Vital statistics of India. Vol. V, Reports of 1876 on armies & jails and on epidemic cholera
Year: 1876
Disease focus: Cholera
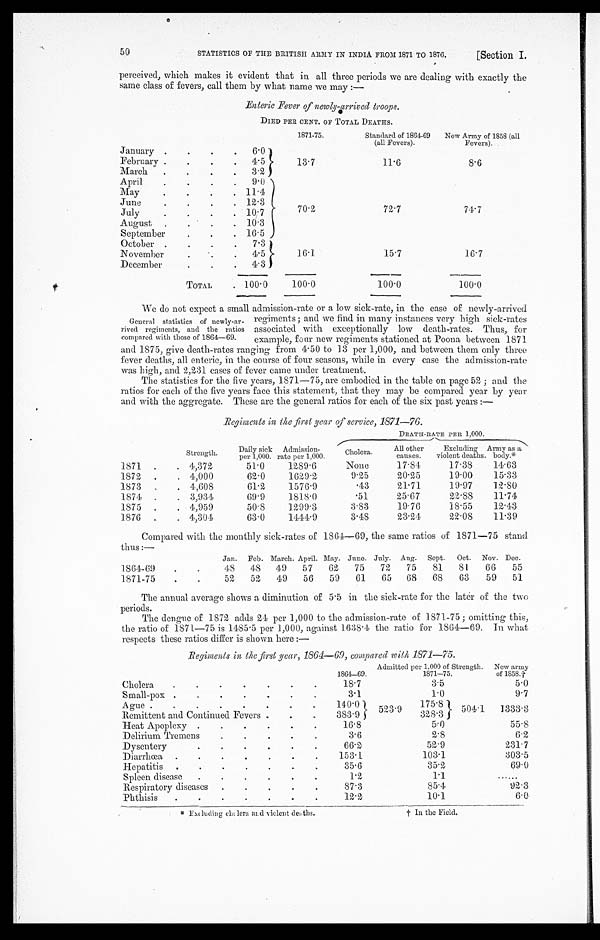
50
STATISTICS OF THE BRITISH ARMY IN INDIA FROM 1871 TO 1876.
[Section I.
Perceived, which makes it evident that in all three periods we are dealing with exactly the
same class of fevers, call them by what name we may:—
Enteric Fever of newly-arrived troops.
D I E D P E R C E N T . O F T O T A L D E A T H S .
1871-75.
Standard of 1864-69
(all Fevers).
New Army of 1858 (all
Fevers).
January
6
0
13.7
11.6
8.6
February
4 . 5
March
3.2
April
9.0
70.2
72.7
74.7
May
11.4
June
12.3
July
10.7
August
10.3
September
16.5
October
7.3
1 6 . 1
15.7
16.7
Novemberrr
. 1. 5
December
4.3
TOTAL
100.0
100.0
100.0
100.0
We do not expect a small admission-rate or a low sick-rate, in the case of newly-arrived
General statistics of newly-ar
-rived regiments, and the ratios
compared with those of 1864-69.
regiments; and we find in many instances very high sick-rates
associated with exceptionally low death-rates. Thus, for
example, four new regiments at Poona between 1871
and 1875, give death-rates ranging from 4.50 to 13 per 1,000, and between them only three
fever deaths, all enteric, in the course of four seasons, while in every case the admission-rate
was high, and. 2,231 cases of fever came under treatment.
The statistics for the five years, 1871—75, are embodied in the table on page 52; and the
ratios for each of the five years face this statement, that they may be compared year by year
and with the aggregate. These are the general ratios for each of the six past years:—
Regiments in the first year of service, 1871—76.
Strength.
Daily sick
per 1,000.
Admission-
rate per 1,000.
DEATH-RATE PER 1,000.
Cholera.
All other
causes.
Excluding
violent deaths.
Army as a
body.*
1871
4,372
51.0
1289.6
None
17.84
17.38
14.63
1872
4,000
62.0
1629.2
9.25
20.25
19.00
15.33
1873
4,608
61.2
1576.9
.43
21.71
19.97
12.80
1874
3,931
69.9
1818.0
.51
25.67
22.88
11.74
1875
4,959
50.8
1299.3
3.83
19.76
18.55
12.43
1876
4,301
63.0
1444.9
3.48
23.24
22.08
11.39
Compared with the monthly sick-rates of 1864—69, the same ratios of 1871—75 stand
thus:—
Jan. Feb. March. April. May. June. July. Aug. Sept. Oct. Nov. Dec.
1864-69
48 48 49 57 62 75 72 75 81 81
66 55
1871-75
52 52 49 56 59 61 65 68 68 63
59 51
The annual average shows a diminution of 5 . 5 in the sick-rate for the later of the two
periods.
The dengue of 1872 adds 24 per 1,000 to the admission-rate of 1871-75; omitting this,
the ratio of 1871—75 is 1485 . 5 per 1,000, against 1638 . 1 the ratio for 1864-69. In what
respects these ratios differ is shown here:—
Regiments in the first year, 1864—69, compared with 1871—75.
Admitted per 1.000 of Strength. New army
1864-69.
1871-75.
of 1858.7
Cholera
18.7
3.5
5.0
S m a l l - p o x
3.1
1.0
9.7
A g u e
140.0
5 2 3 . 9 .
1 7 5 . 8 5 0 4 . 1
133 3.3
Remittent and Continued Fevers
383.9
328.3
H e a t A p o p l e x y
16.8
5.0
55.8
D e l i r i n u m T r e m e n s
3.6
2.8
6.2
D y s e n t e r y
6 6 . 2
52.9
231.7
Diarrhcea
153.1
103.1
303.5
H e p a t i t i s
35.6
35.2
69.0
S p l e e n d i s e a s e
1.2
1.1
R e s p i r a t o r y d i s e a s e s
87.3
85.4
92.3
P h t h i s i s
12.2
10.1
6.0
* E x c l u d i n g c h c l e r a a n d v i o l e n t d e a t h s .
† I n t h e F i e l d .